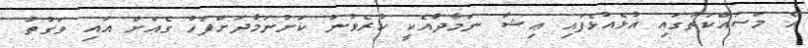
އެ މަސައްކަތުގައި އުޅެއުޅެފައި ޢިޝާ ނަމާދާއެކީ ކުރެވުނު ކަށުނަމާދަށްފަހު ގެއަށް އައި ވަގުތު